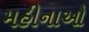
મહીનાઓ